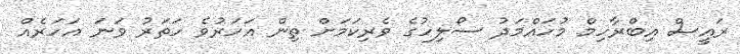
ރައީސް އިބްރާހިމް މުހައްމަދު ސޯލިހުގެ ވެރިކަމަށް ތިން އަހަރުވެ ހަތަރު ވަނަ އަހަރެއް